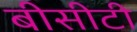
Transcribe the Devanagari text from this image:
बीसीटी